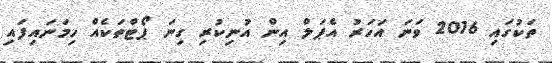
ތަކުގައި 2016 ވަނަ އަހަރު އެޕަލް އިން އުނިކުރި ގިނަ ޕޯޓްތަކެއް ހިމަނައިފައި